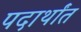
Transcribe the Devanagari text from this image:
पदार्थांंत